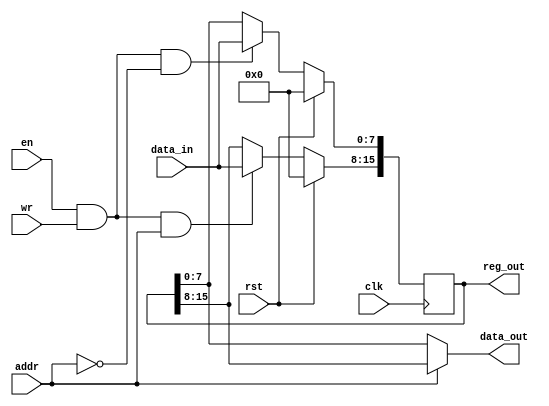


// synopsys translate_off

`timescale 1ns/10ps

// synopsys translate_on

module reg2byte(clk, rst, en, wr, addr, data_in, data_out, reg_out);
    input           clk;
    input           rst;
    input           en;
    input           wr;
    input           addr;
    input   [7:0]   data_in;
    output  [7:0]   data_out;
    output  [15:0]  reg_out/*verilator public*/;

    reg     [15:0]  reg_out/*verilator public*/;

    wire wr0  = en && wr && addr == 0;
    wire wr1  = en && wr && addr == 1;

    wire [7:0] reg0_next = wr0 ? data_in : reg_out[7:0];
    wire [7:0] reg1_next = wr1 ? data_in : reg_out[15:8];

    wire [7:0] data_out_mux = 
                    addr == 1'd0 ? reg_out[7:0] : reg_out[15:8];
    assign data_out = data_out_mux;

    always @(posedge clk)
    begin
        if (rst) begin
            reg_out <= 16'b0;
        end
        else begin
            reg_out[7:0]     <= reg0_next;
            reg_out[15:8]    <= reg1_next;
        end
    end
endmodule